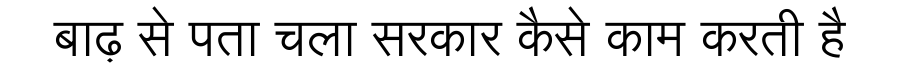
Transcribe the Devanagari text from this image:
बाढ़ से पता चला सरकार कैसे काम करती है